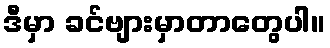
ဒီမှာ ခင်ဗျားမှာတာတွေပါ။